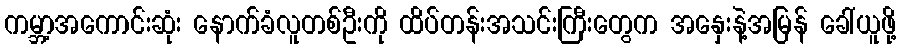
ကမ္ဘာ့အကောင်းဆုံး နောက်ခံလူတစ်ဦးကို ထိပ်တန်းအသင်းကြီးတွေက အနှေးနဲ့အမြန် ခေါ်ယူဖို့